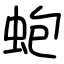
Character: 蚫